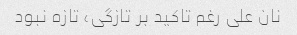
نان علی رغم تاکید بر تازگی، تازه نبود